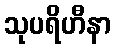
သုပရိဟီနာ